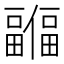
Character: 𫤊